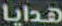
هدايا